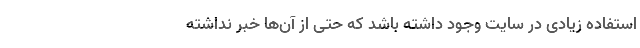
استفاده زیادی در سایت وجود داشته باشد که حتی از آن‌ها خبر نداشته